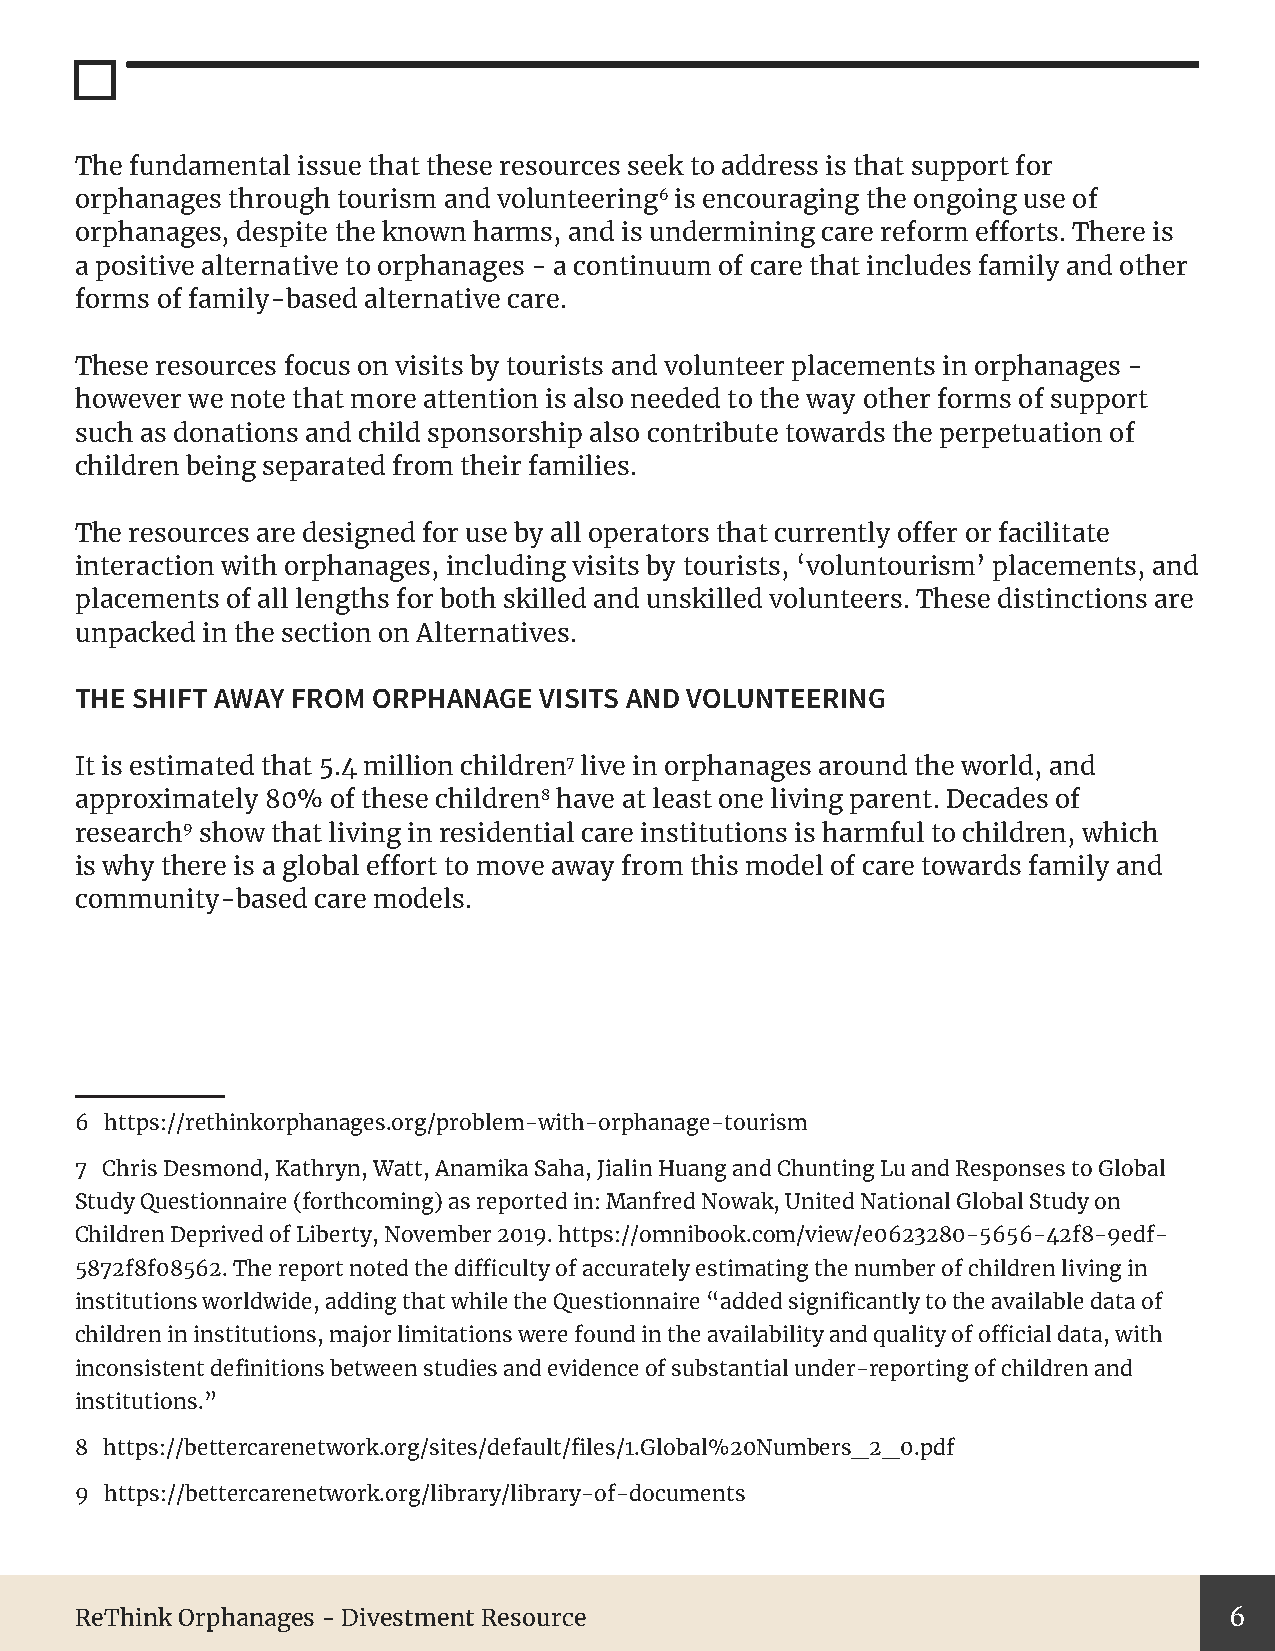
The fundamental issue that these resources seek to address is that support for
 orphanages through tourism and volunteering6 is encouraging the ongoing use of
 orphanages, despite the known harms, and is undermining care reform efforts. There is
 a positive alternative to orphanages - a continuum of care that includes family and other
 forms of family-based alternative care.
 These resources focus on visits by tourists and volunteer placements in orphanages -
 however we note that more attention is also needed to the way other forms of support
 such as donations and child sponsorship also contribute towards the perpetuation of
 children being separated from their families.
 The resources are designed for use by all operators that currently offer or facilitate
 interaction with orphanages, including visits by tourists, ‘voluntourism’ placements, and
 placements of all lengths for both skilled and unskilled volunteers. These distinctions are
 unpacked in the section on Alternatives.
 THE SHIFT AWAY FROM ORPHANAGE  VISITS AND VOLUNTEERING
 It is estimated that 5.4 million children7 live in orphanages around the world, and
 approximately 80% of these children8 have at least one living parent. Decades of
 research9 show that living in residential care institutions is harmful to children, which
 is why there is a global effort to move away from this model of care towards family and
 community-based care models.
 6 https://rethinkorphanages.org/problem-with-orphanage-tourism
 7 Chris Desmond, Kathryn, Watt, Anamika Saha, Jialin Huang and Chunting Lu and Responses to Global
 Study Questionnaire (forthcoming) as reported in: Manfred Nowak, United National Global Study on
 Children Deprived of Liberty, November 2019. https://omnibook.com/view/e0623280-5656-42f8-9edf-
 5872f8f08562. The report noted the difficulty of accurately estimating the number of children living in
 institutions worldwide, adding that while the Questionnaire “added significantly to the available data of
 children in institutions, major limitations were found in the availability and quality of official data, with
 inconsistent definitions between studies and evidence of substantial under-reporting of children and
 institutions.”
 8 https://bettercarenetwork.org/sites/default/files/1.Global%20Numbers_2_0.pdf
 9 https://bettercarenetwork.org/library/library-of-documents
 ReThink Orphanages - Divestment Resource                                    6